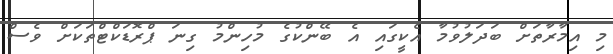
މި އިމާރާތަށް ބަދަލުވުމާ އެކީގައި އެ ބޭންކުގެ މުހިންމު ގިނަ ޕްރޮޑަކްޓްތަކަށް ވެސް